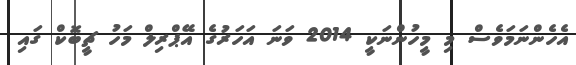
އެހެންނަމަވެސް މި މީހުންނަކީ 2014 ވަނަ އަހަރުގެ އޭޕްރިލް މަހު ޗީބޮކް ގައި